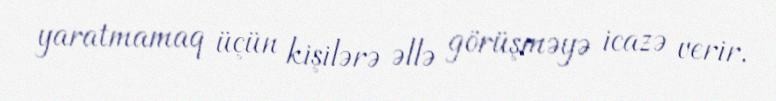
yaratmamaq üçün kişilərə əllə görüşməyə icazə verir.